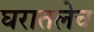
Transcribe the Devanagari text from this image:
घरातलेच